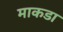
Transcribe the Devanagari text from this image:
माकडा